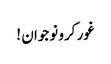
غور کرو نوجوان !